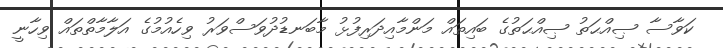
ކަވާސާ ޞިއްޙަތު ޞިއްޙަތުގެ ބައިތައް މަންމާއިދަރިފުޅު މާބަނޑުދުވަސްވަރު ވިހެއުމުގެ އަލާމާތްތައް ވިހާނީ